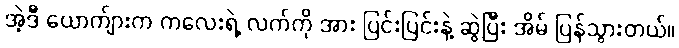
အဲ့ဒီ ယောက်ျားက ကလေးရဲ့ လက်ကို အား ပြင်းပြင်းနဲ့ ဆွဲပြီး အိမ် ပြန်သွားတယ်။